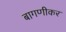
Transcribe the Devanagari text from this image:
बागणीकर